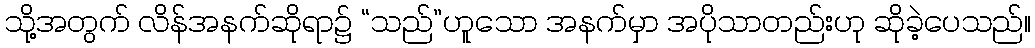
သို့အတွက် လိန်အနက်ဆိုရာ၌ “သည်”ဟူသော အနက်မှာ အပိုသာတည်းဟု ဆိုခဲ့ပေသည်။